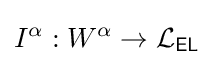
I^{\alpha }:W^{\alpha }\rightarrow {\mathcal {L}}_{\textsf {EL}}